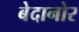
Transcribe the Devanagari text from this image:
बेदानोर